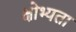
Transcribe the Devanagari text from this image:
क्षोभ्यता